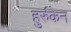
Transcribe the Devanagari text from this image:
हुर्रुकेन